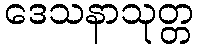
ဒေသနာသုတ္တ